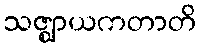
သဇ္ဈာယကတာတိ